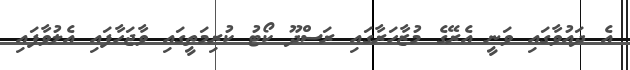
އެ ދައުވާގައި ވަނީ އެރޭގެ މުޒާހަރާގައި ރަސްދޫ ކޯޓު ކުރިމަތީގައި ވާޖަހާފައި އެލުވާފައި